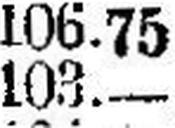
103.—